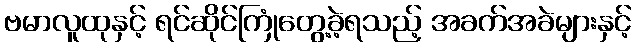
ဗမာလူထုနှင့် ရင်ဆိုင်ကြုံတွေ့ခဲ့ရသည့် အခက်အခဲများနှင့်